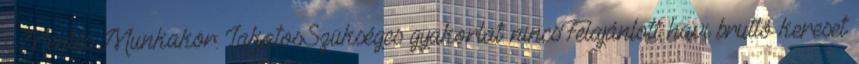
- Mentés Munkakör: LakatosSzükséges gyakorlat: nincsFelajánlott havi bruttó kereset